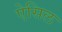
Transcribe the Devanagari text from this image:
ऐसिल